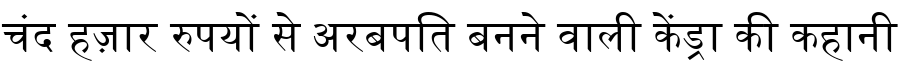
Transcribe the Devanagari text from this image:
चंद हज़ार रुपयों से अरबपति बनने वाली केंड्रा की कहानी